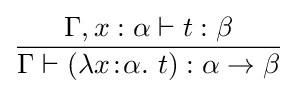
{\frac {\Gamma ,x:\alpha \vdash t:\beta }{\Gamma \vdash (\lambda x\!:\!\alpha .~t):\alpha \rightarrow \beta }}